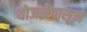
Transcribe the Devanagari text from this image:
योजनेपासून